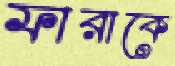
ফারাকে